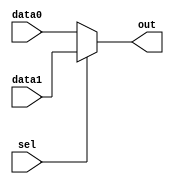
`timescale 1ns / 1ps
//////////////////////////////////////////////////////////////////////////////////
//El mux se encarga de dar en su salida los 
//datos que se encuentran conectados a la entrada 0 o a la entrada 1, 
//segn lo que defina su selector lgico.
//////////////////////////////////////////////////////////////////////////////////


module mux (
  input [31:0] data0, //Datos conectados a la entrada 0
  input [31:0] data1, //Datos conectados a la entrada 1
  input sel, //Selector lgico, es 0 o 1
  output reg [31:0] out //Salida de datos seleccionados
);

  always @* begin //Para cualquier cambio en las entradas
    if (sel == 1'b0) begin //Si el selector lgico es 0
      out = data0; //Se define la salida como los datos de en la entrada 0
    end 
    else  begin //Si el selector lgico es 1
      out = data1; //Se define la salida como los datos de en la entrada 1
    end
  end
  
endmodule